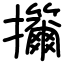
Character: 㩶